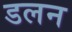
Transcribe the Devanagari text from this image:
डलन